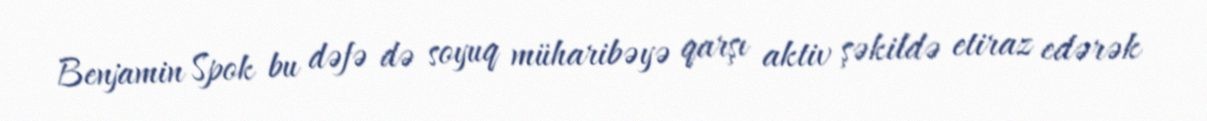
Benjamin Spok bu dəfə də soyuq müharibəyə qarşı aktiv şəkildə etiraz edərək